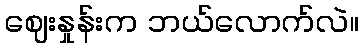
ဈေးနှုန်းက ဘယ်လောက်လဲ။